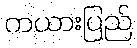
ကယားပြည်